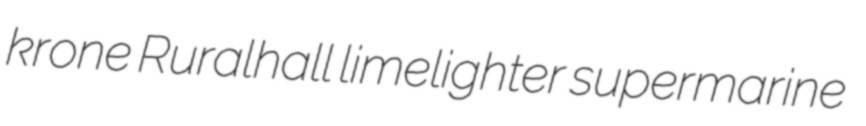
krone Ruralhall limelighter supermarine